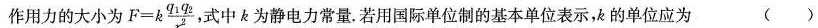
作用力的大小为 $$ F= k \frac { q _ { 1 } q _ { 2 } } { r ^ { 2 } }$$ 式中k为静电力常量。若用国际单位制的基本单位表示，k的单位应为 （ ）